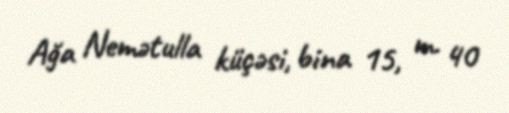
Ağa Nemətulla küçəsi, bina 15, m. 40